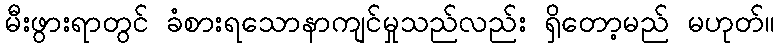
မီးဖွားရာတွင် ခံစားရသောနာကျင်မှုသည်လည်း ရှိတော့မည် မဟုတ်။